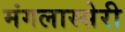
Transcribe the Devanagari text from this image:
मंगलास्सेरी